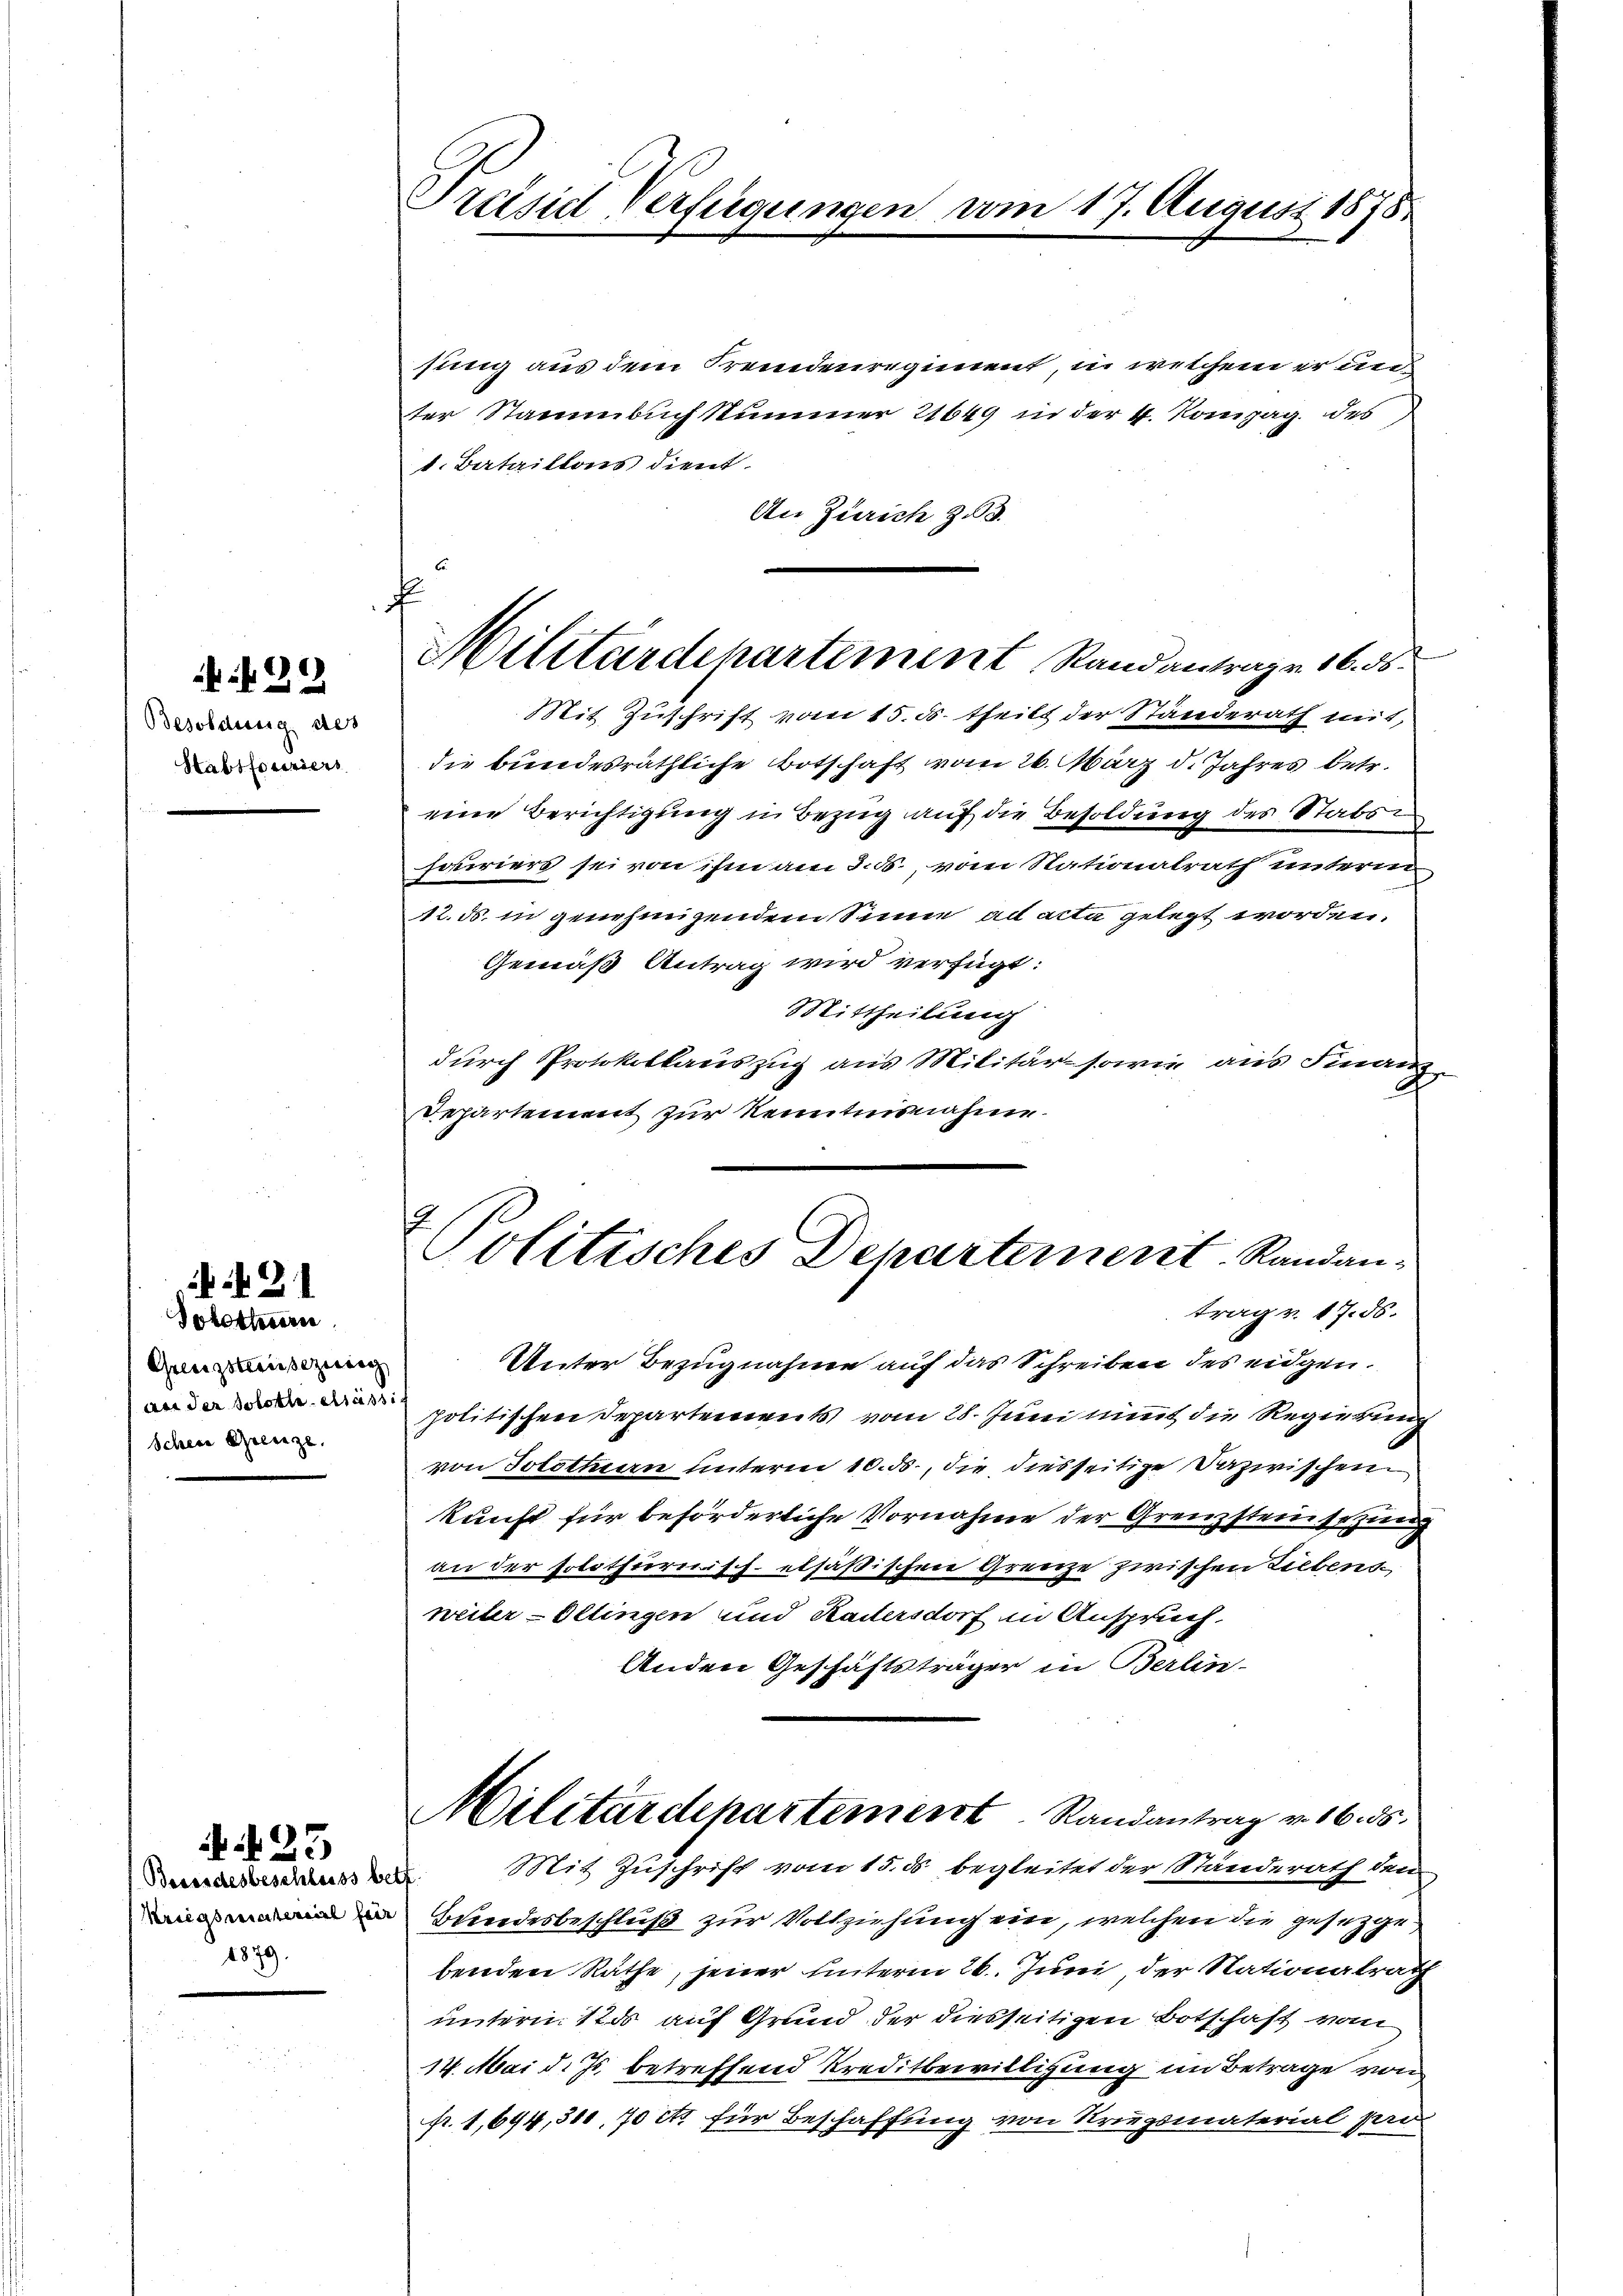
429

Besoldung des
Stabtfouriers

421

23

olothurn
Grenzstreisezung
An der Solotle-Cass
Schein Grenze.

Besendesbeschluss be
kriegsmaterial für
1879.

Presia Verfügung

sung aus dem Fremdenregiment, in welchem er un
ter Staumbuch summer 21649 in der 4. Kompag des
1. Bataillons dient.
An Zürich z. 3.

f
Militärdepartement Randantrage 16 d

n 17. August 1878.

Mit Zuschrift vom 15. ds. theils der Ständerath mit,
die bundesräthliche Botschaft vom 26. März d. Jahres betr.
eine Berichtigung in Bezug auf die Besoldung des Stabshairiers sei von ihm am 3. ds., vom Nationalrath unterm
12. ds. in genehmigendem Sinne ad acta gelegt worden.
Gemäß Antrag wird verfügt:
Mittheilung
durch Protokollauszug aus Militär-sowie aus Finanz-
Departement zur Kenntnisnahme.

Politisches Departement. Randantrag v. 17. ds.

Unter Bezugnahme auf das Schreiben des eidgen.
politischen Departements vom 28. Juni nimmt die Regierung
von Solottern unterm 10. ds., die diesseitige Dazwischen
kunft für beförderliche Vornahme der Grenzsteinsezung
an der solothurnisch elsäßischen Grenze zwischen Liebens-
weiter-Oltingen und Kadersdorf in Anspruch
Anden Geschäftsträger in Berlin-

Militärdepartement Randantrag v. 16. ds.
. Mit Zuschrift vom 15. ds begleitet der Standerath den

Bundesbeschluß zur Vollziehung ein, welchen die gesetzgebenden Räthe, jener unterm 26. Juni der Nationalrath
untern 120 auf Grund der diesseitigen Botschaft vom
14. Mai d. Js. betreffend Kreditbewilligung im Betrage von
fr. 1,644, 311, 70 cts für Beschaffung von Kriegsmaterial par